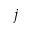
j